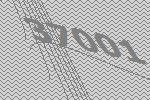
37001